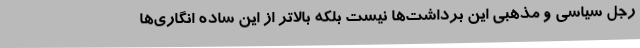
رجل سیاسی و مذهبی این برداشت‌ها نیست بلکه بالاتر از این ساده انگاری‌ها